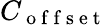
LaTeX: C_{\mathrm{~o~f~f~s~e~t~}}